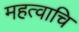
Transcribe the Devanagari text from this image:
महत्वाचि